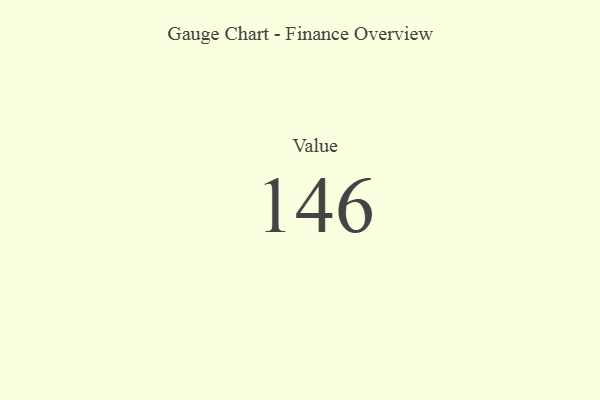
{"axis": {"x": "Metric", "y": "Value"}, "legend": [""], "data": [{"x": "Value", "y": 146, "type": ""}]}